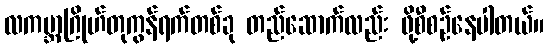
လကမ္ဘာဂြိုဟ်တုကွန်ရက်တစ်ခု တည်ဆောက်လည်း ဖို့စီစဉ်နေပါတယ်။